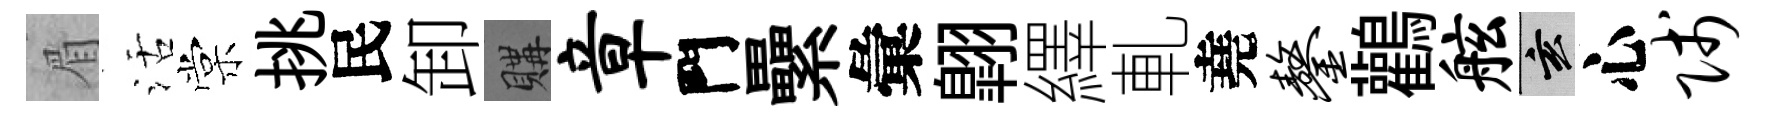
眉活棠挑民卸購章門纍彙翺繹軋堯鏊鸛舷玄心贱